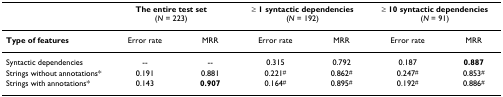
|  | <COLSPAN=2> The entire test set (N = 223) | <COLSPAN=2> ≥ 1 syntactic dependencies (N = 192) | <COLSPAN=2> ≥ 10 syntactic dependencies (N = 91) |
 | --- | --- | --- | --- | --- | --- | --- |
 | Type of features | Error rate | MRR | Error rate | MRR | Error rate | MRR |
 | Syntactic dependencies | -- | -- | 0.315 | 0.792 | 0.187 | 0.887 |
 | Strings without annotations* | 0.191 | 0.881 | 0.221# | 0.862# | 0.247# | 0.853# |
 | Strings with annotations* | 0.143 | 0.907 | 0.164# | 0.895# | 0.192# | 0.886# |